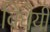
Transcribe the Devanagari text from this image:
विधेयी